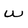
Character: W